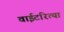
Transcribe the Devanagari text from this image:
वाईटरित्या